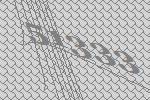
51333